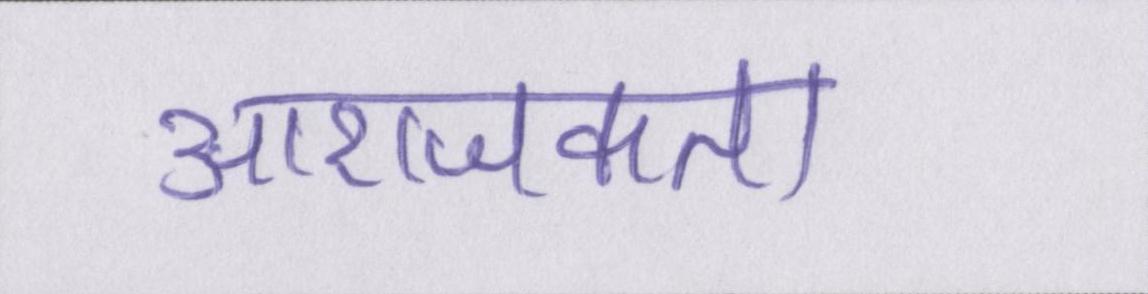
आराजकता